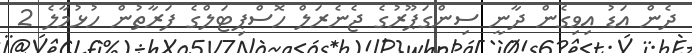
ދެން އަޑު އިވިގެން ދާނީ ސިންގަޕޫރުގެ ޖެނެރަލް ހޮސްޕިޓަލްގެ ފަރާތުން ހުޅުމާލެ 2